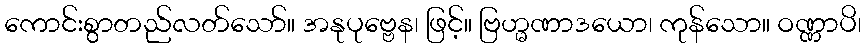
ကောင်းစွာတည်လတ်သော်။ အနုပုဗ္ဗေန၊ ဖြင့်။ ဗြဟ္မဏာဒယော၊ ကုန်သော။ ဝဏ္ဏာပိ၊